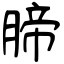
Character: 腣